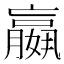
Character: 𡣍